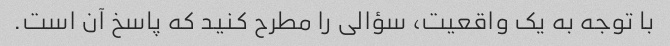
با توجه به یک واقعیت، سؤالی را مطرح کنید که پاسخ آن است.